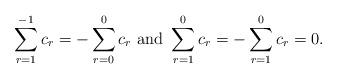
LaTeX: \begin{align*}\sum_{r=1}^{-1}c_r=-\sum_{r=0}^{0}c_r \textup{ and } \sum_{r=1}^{0}c_r=-\sum_{r=1}^{0}c_r=0.\end{align*}